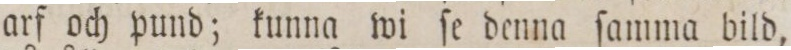
arf och pund; kunna wi ſe denna ſamma bild,